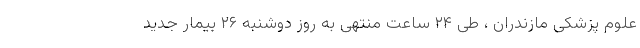
علوم پزشکی مازندران ، طی ۲۴ ساعت منتهی به روز دوشنبه ۲۶ بیمار جدید